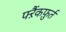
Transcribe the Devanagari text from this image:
फ्ऱैंकफ़ुर्त